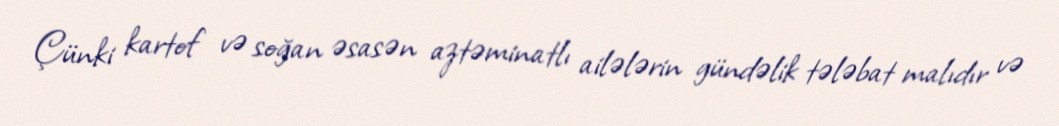
Çünki kartof və soğan əsasən aztəminatlı ailələrin gündəlik tələbat malıdır və